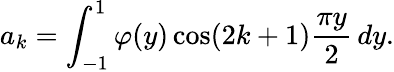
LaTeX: a_{k}=\int_{-1}^{1}\varphi(y)\cos(2k+1){\frac{\pi y}{2}}\, dy.